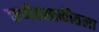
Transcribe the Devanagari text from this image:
कर्णहस्तकीतला